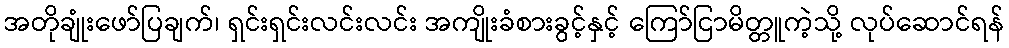
အတိုချုံးဖော်ပြချက်၊ ရှင်းရှင်းလင်းလင်း အကျိုးခံစားခွင့်နှင့် ကြော်ငြာမိတ္တူကဲ့သို့ လုပ်ဆောင်ရန်